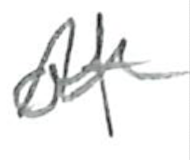
Text: of
Cross-out: zig-zag
Writing tool: pencil